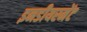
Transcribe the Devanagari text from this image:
इनडीयरमेंट